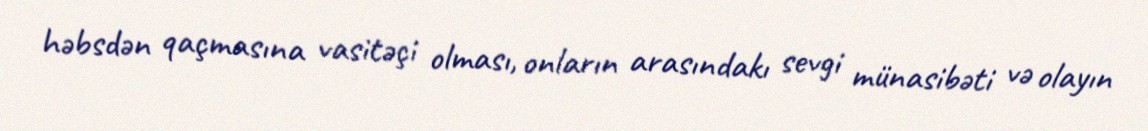
həbsdən qaçmasına vasitəçi olması, onların arasındakı sevgi münasibəti və olayın